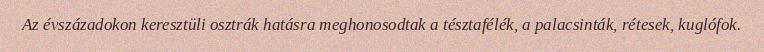
Az évszázadokon keresztüli osztrák hatásra meghonosodtak a tésztafélék, a palacsinták, rétesek, kuglófok.